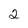
Character: 2